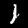
Digit: 1